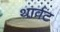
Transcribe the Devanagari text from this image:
थार्वट